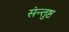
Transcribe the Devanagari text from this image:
संन्तुष्ट